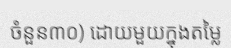
ចំនួន៣០) ដោយមួយក្នុងតម្លៃ